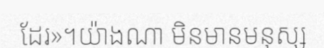
ដែរ»។យ៉ាងណា មិនមានមនុស្ស